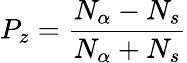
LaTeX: P_{z}=\frac{N_{\alpha}-N_{s}}{N_{\alpha}+N_{s}}